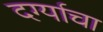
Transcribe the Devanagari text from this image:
दर्ग्याचा